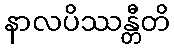
နာလပိဿန္တီတိ